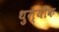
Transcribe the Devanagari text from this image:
थुग्यीक